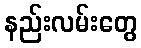
နည်းလမ်းတွေ